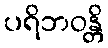
ပရိဘဝန္တိ